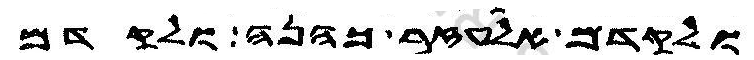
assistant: ולקדם אלעזר כהנה ולקדם